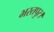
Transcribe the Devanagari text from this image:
भरतपुर।